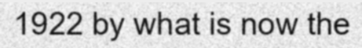
1922 by what is now the